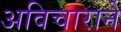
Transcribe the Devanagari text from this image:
अविचाराने